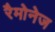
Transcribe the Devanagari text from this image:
रैमोनेज